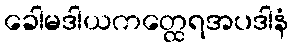
ခေါမဒါယကတ္ထေရအပဒါနံ